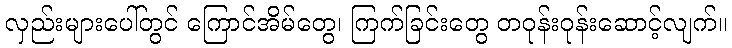
လှည်းများပေါ်တွင် ကြောင်အိမ်တွေ၊ ကြက်ခြင်းတွေ တဝုန်းဝုန်းဆောင့်လျက်။